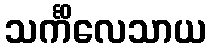
သင်္ကိလေသာယ